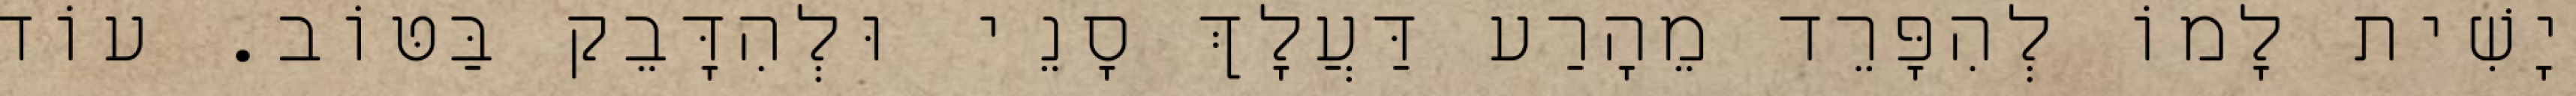
יָשִׁית לָמוֹ לְהִפָּרֵד מֵהָרַע דַּעֲלָךְ סָנֵי וּלְהִדָּבֵק בַּטּוֹב. עוֹד